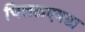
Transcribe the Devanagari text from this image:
चिलटाएवढा